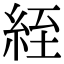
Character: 絰